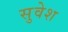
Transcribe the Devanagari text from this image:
सुवेश